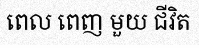
ពេល ពេញ មួយ ជីវិត